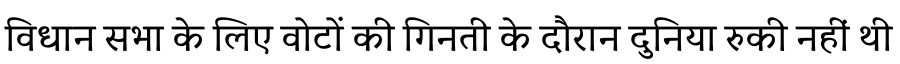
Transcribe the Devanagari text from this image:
विधान सभा के लिए वोटों की गिनती के दौरान दुनिया रुकी नहीं थी